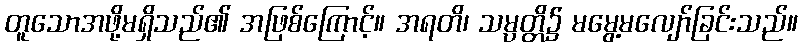
တူသောအဖို့မရှိသည်၏ အဖြစ်ကြောင့်။ အရတိ၊ သမ္ပတ္တိ၌ မမွေ့မလျော်ခြင်းသည်။